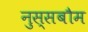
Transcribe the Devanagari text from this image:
नुस्सबौम